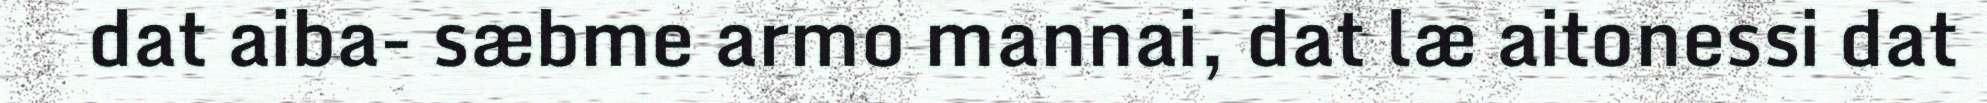
dat aiba- sæbme armo mannai, dat læ aitonessi dat